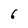
Character: 6